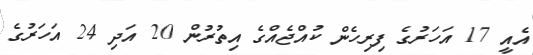
އެއީ 17 އަހަރުގެ ފިރިހެން ކުއްޖެއްގެ އިތުރުން 20 އަދި 24 އަހަރުގެ